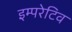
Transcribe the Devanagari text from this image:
इम्परेटिव